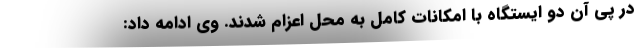
در پی آن دو ایستگاه با امکانات کامل به محل اعزام شدند. وی ادامه داد: